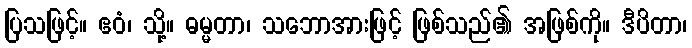
ပြသဖြင့်။ ဧဝံ၊ သို့။ ဓမ္မတာ၊ သဘောအားဖြင့် ဖြစ်သည်၏ အဖြစ်ကို။ ဒီပိတာ၊